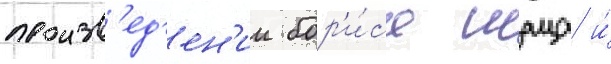
произв'ед'ен'ии бор'и́са шаца и́